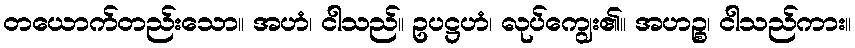
တယောက်တည်းသော။ အဟံ၊ ငါသည်။ ဥပဋ္ဌဟံ၊ လုပ်ကျွေး၏။ အဟဉ္စ၊ ငါသည်ကား။